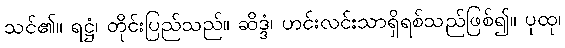
သင်၏။ ရဋ္ဌံ၊ တိုင်းပြည်သည်။ ဆိဒ္ဒံ၊ ဟင်းလင်းသာရှိရစ်သည်ဖြစ်၍။ ပုထု၊